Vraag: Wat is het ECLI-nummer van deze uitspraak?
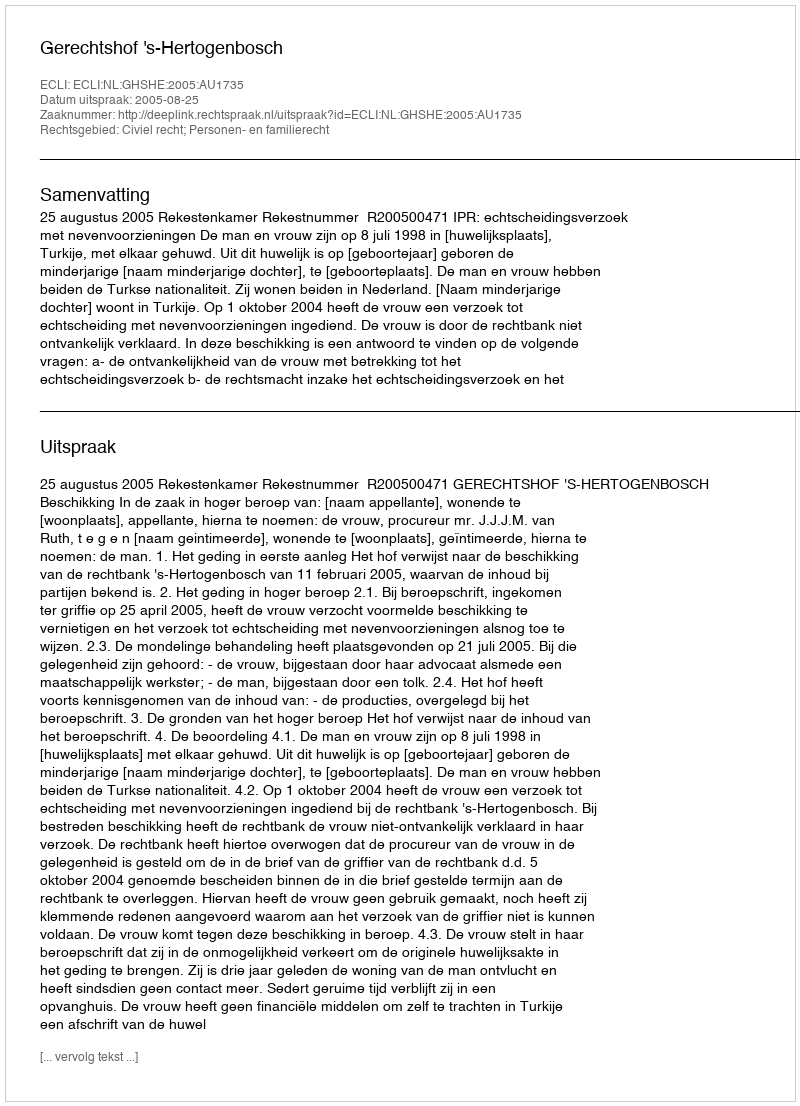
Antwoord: ECLI:NL:GHSHE:2005:AU1735